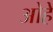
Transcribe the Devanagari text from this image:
ओहे